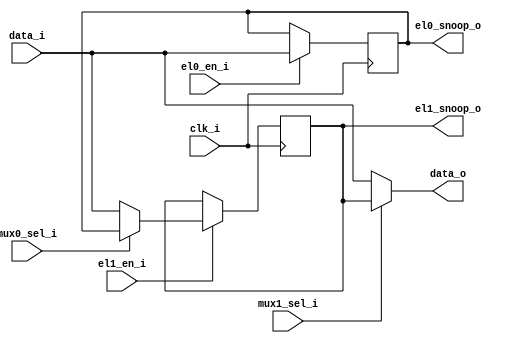
module bp_be_dcache_wbuf_queue_width_p97
(
  clk_i,
  data_i,
  el0_en_i,
  el1_en_i,
  mux0_sel_i,
  mux1_sel_i,
  el0_snoop_o,
  el1_snoop_o,
  data_o
);

  input [96:0] data_i;
  output [96:0] el0_snoop_o;
  output [96:0] el1_snoop_o;
  output [96:0] data_o;
  input clk_i;
  input el0_en_i;
  input el1_en_i;
  input mux0_sel_i;
  input mux1_sel_i;
  wire [96:0] data_o;
  wire N0,N1,N2,N3,N4,N5,N6,N7,N8,N9,N10,N11,N12,N13,N14,N15,N16,N17,N18,N19,N20,N21,
  N22,N23,N24,N25,N26,N27,N28,N29,N30,N31,N32,N33,N34,N35,N36,N37,N38,N39,N40,N41,
  N42,N43,N44,N45,N46,N47,N48,N49,N50,N51,N52,N53,N54,N55,N56,N57,N58,N59,N60,N61,
  N62,N63,N64,N65,N66,N67,N68,N69,N70,N71,N72,N73,N74,N75,N76,N77,N78,N79,N80,N81,
  N82,N83,N84,N85,N86,N87,N88,N89,N90,N91,N92,N93,N94,N95,N96,N97,N98,N99,N100,N101,
  N102;
  reg [96:0] el0_snoop_o,el1_snoop_o;
  assign { N101, N100, N99, N98, N97, N96, N95, N94, N93, N92, N91, N90, N89, N88, N87, N86, N85, N84, N83, N82, N81, N80, N79, N78, N77, N76, N75, N74, N73, N72, N71, N70, N69, N68, N67, N66, N65, N64, N63, N62, N61, N60, N59, N58, N57, N56, N55, N54, N53, N52, N51, N50, N49, N48, N47, N46, N45, N44, N43, N42, N41, N40, N39, N38, N37, N36, N35, N34, N33, N32, N31, N30, N29, N28, N27, N26, N25, N24, N23, N22, N21, N20, N19, N18, N17, N16, N15, N14, N13, N12, N11, N10, N9, N8, N7, N6, N5 } = (N0)? el0_snoop_o : 
                                                                                                                                                                                                                                                                                                                                                                                                                                                                                                                (N1)? data_i : 1'b0;
  assign N0 = mux0_sel_i;
  assign N1 = N4;
  assign data_o = (N2)? el1_snoop_o : 
                  (N3)? data_i : 1'b0;
  assign N2 = mux1_sel_i;
  assign N3 = N102;
  assign N4 = ~mux0_sel_i;
  assign N102 = ~mux1_sel_i;

  always @(posedge clk_i) begin
    if(el0_en_i) begin
      { el0_snoop_o[96:0] } <= { data_i[96:0] };
    end 
    if(el1_en_i) begin
      { el1_snoop_o[96:0] } <= { N101, N100, N99, N98, N97, N96, N95, N94, N93, N92, N91, N90, N89, N88, N87, N86, N85, N84, N83, N82, N81, N80, N79, N78, N77, N76, N75, N74, N73, N72, N71, N70, N69, N68, N67, N66, N65, N64, N63, N62, N61, N60, N59, N58, N57, N56, N55, N54, N53, N52, N51, N50, N49, N48, N47, N46, N45, N44, N43, N42, N41, N40, N39, N38, N37, N36, N35, N34, N33, N32, N31, N30, N29, N28, N27, N26, N25, N24, N23, N22, N21, N20, N19, N18, N17, N16, N15, N14, N13, N12, N11, N10, N9, N8, N7, N6, N5 };
    end 
  end


endmodule